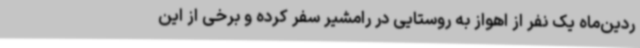
ردین‌ماه یک نفر از اهواز به روستایی در رامشیر سفر کرده و برخی از این